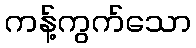
ကန့်ကွက်သော